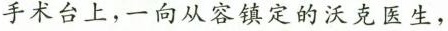
手术台上，一向从容镇定的沃克医生，